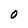
Character: 0